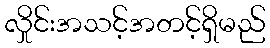
လှိုင်းအသင့်အတင့်ရှိမည်